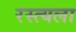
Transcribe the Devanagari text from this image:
रस्त्यला